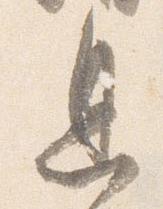
息